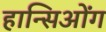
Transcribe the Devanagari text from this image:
हान्सिओंग